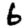
Digit: 6